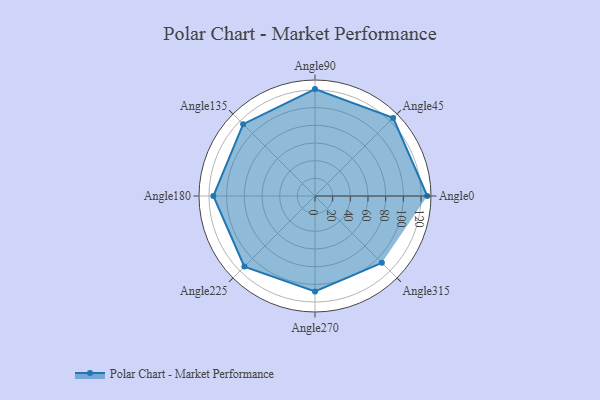
{"axis": {"x": "Angle", "y": "Radius"}, "legend": [""], "data": [{"x": "Angle0", "y": 127.0, "type": ""}, {"x": "Angle45", "y": 125.0, "type": ""}, {"x": "Angle90", "y": 121.0, "type": ""}, {"x": "Angle135", "y": 115.0, "type": ""}, {"x": "Angle180", "y": 115.0, "type": ""}, {"x": "Angle225", "y": 113.0, "type": ""}, {"x": "Angle270", "y": 108.0, "type": ""}, {"x": "Angle315", "y": 107.0, "type": ""}]}